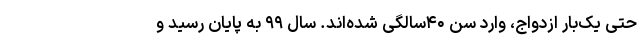
حتی یک‌بار ازدواج، وارد سن ۴۰سالگی شده‌اند. سال ۹۹ به پایان رسید و